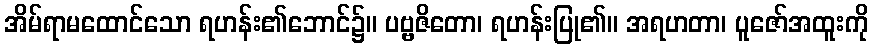
အိမ်ရာမထောင်သော ရဟန်း၏ဘောင်၌။ ပဗ္ဗဇိတော၊ ရဟန်းပြု၏။ အရဟတာ၊ ပူဇော်အထူးကို